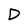
Character: D